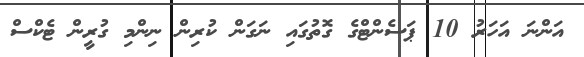
އަންނަ އަހަރު 10 ޕަސެންޓްގެ ގޮތުގައި ނަގަން ކުރިން ނިންމި ގުރީން ޓެކްސް